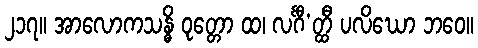
၂၁၇။ အာလောကသန္ဓိ ဝုတ္တော ထ၊ လင်္ဂီ’တ္ထီ ပလိဃော ဘဝေ။